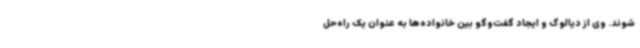
شوند. وی از دیالوگ و ایجاد گفت‌وگو بین خانواده‌ها به عنوان یک راه‌حل